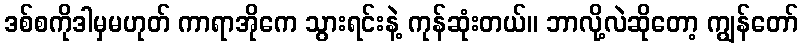
ဒစ်စကိုဒါမှမဟုတ် ကာရာအိုကေ သွားရင်းနဲ့ ကုန်ဆုံးတယ်။ ဘာလို့လဲဆိုတော့ ကျွန်တော်